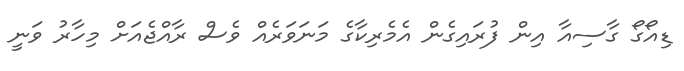
ޑިއޯގޯ ގާސިއާ އިން ފުރައިގެެން އެމެރިކާގެ މަނަވަރެއް ވެސް ރާއްޖެއަށް މިހާރު ވަނީ